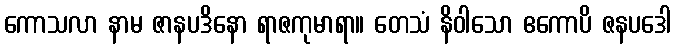
ကောသလာ နာမ ဇာနပဒိနော ရာဇကုမာရာ။ တေသံ နိဝါသော ဧကောပိ ဇနပဒေါ